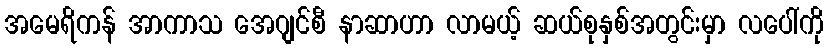
အမေရိကန် အာကာသ အေဂျင်စီ နာဆာဟာ လာမယ့် ဆယ်စုနှစ်အတွင်းမှာ လပေါ်ကို